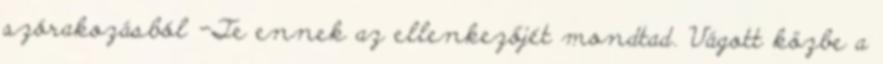
szórakozásból -Te ennek az ellenkezőjét mondtad. Vágott közbe a